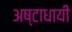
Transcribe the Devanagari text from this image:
अष्‍टाधायी